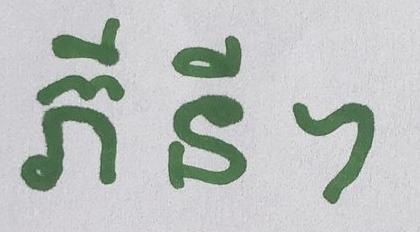
ភី នី ។